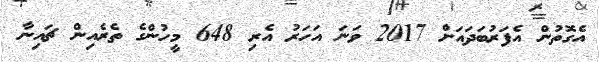
އެގޮތުން އެފަރުބަދައަށް 2017 ވަނަ އަހަރު އެރި 648 މީހުންގެ ތެރެއިން ޗައިނާ